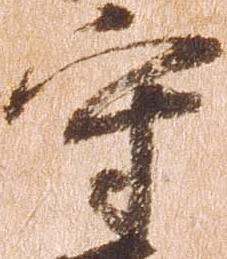
守